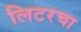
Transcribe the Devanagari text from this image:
लिटरचा